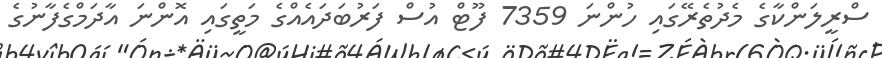
ސްރީލަންކާގެ މެދުތެރޭގައި ހުންނަ 7359 ފޫޓް އުސް ފަރުބަދައެއްގެ މަތީގައި އޮންނަ އާދަމްގެފާނުގެ